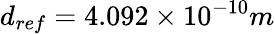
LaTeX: d_{ref}=4.092\times 10^{-10}m